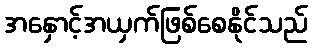
အနှောင့်အယှက်ဖြစ်စေနိုင်သည်